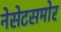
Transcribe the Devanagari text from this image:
नेसेटसमोर